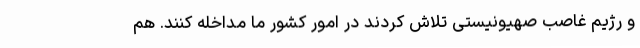
و رژیم غاصب صهیونیستی تلاش کردند در امور کشور ما مداخله کنند. هم